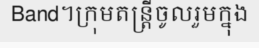
Band។ក្រុមតន្ត្រីចូលរួមក្នុង